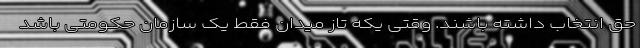
حق انتخاب داشته باشند. وقتی یکه تاز میدان فقط یک سازمان حکومتی باشد